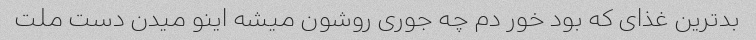
بدترین غذای که بود خور دم چه جوری روشون میشه اینو میدن دست ملت